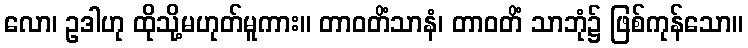
လော၊ ဥဒါဟု ထိုသို့မဟုတ်မူကား။ တာဝတိံသာနံ၊ တာဝတိံ သာဘုံ၌ ဖြစ်ကုန်သော။